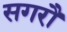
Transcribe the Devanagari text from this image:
सगरौ